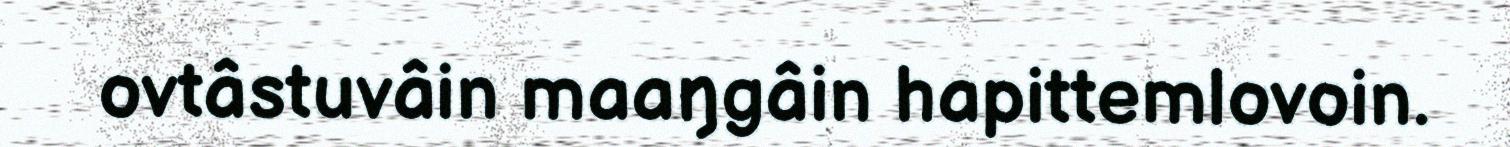
ovtâstuvâin maaŋgâin hapittemlovoin.